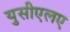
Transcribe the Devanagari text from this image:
युसीएलए